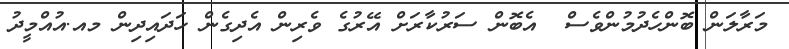
މަރާލަން ބޮންހެދުމުންވެސް  އެބޮން ސަރުކާރަށް އޭރުގެ ވެރިން އެދިގެން ހަދައިދިން މއ.އުއްމީދު